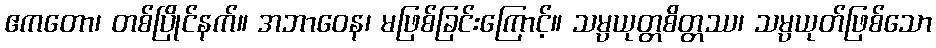
ဧကတော၊ တစ်ပြိုင်နက်။ အဘာဝေန၊ မဖြစ်ခြင်းကြောင့်။ သမ္ပယုတ္တစိတ္တဿ၊ သမ္ပယုတ်ဖြစ်သော